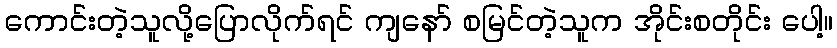
ကောင်းတဲ့သူလို့ပြောလိုက်ရင် ကျနော် စမြင်တဲ့သူက အိုင်းစတိုင်း ပေါ့။